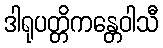
ဒါရုပတ္တိကန္တေဝါသီ